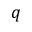
\boldsymbol { q }